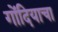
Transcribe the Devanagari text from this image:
गोंदियाचा